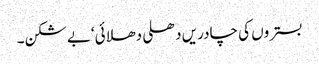
بستروں کی چادریں دھلی دھلائی‘بے شکن۔